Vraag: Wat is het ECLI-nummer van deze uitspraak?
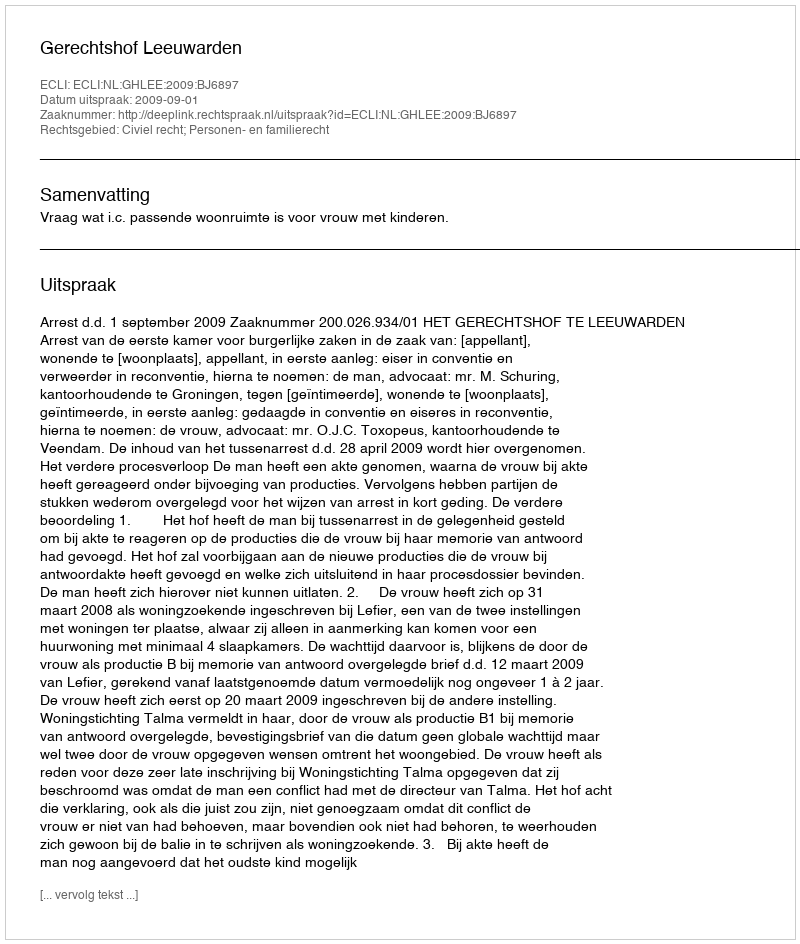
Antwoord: ECLI:NL:GHLEE:2009:BJ6897